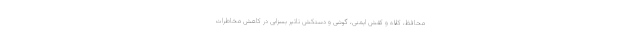
محافظ، کلاه و کفش ایمنی، گوشی و دستکش تاثیر بسزایی در کاهش مخاطرات